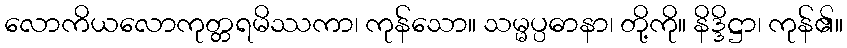
လောကိယလောကုတ္တရမိဿကာ၊ ကုန်သော။ သမ္မပ္ပဓာနာ၊ တို့ကို။ နိဒ္ဒိဋ္ဌာ၊ ကုန်၏။